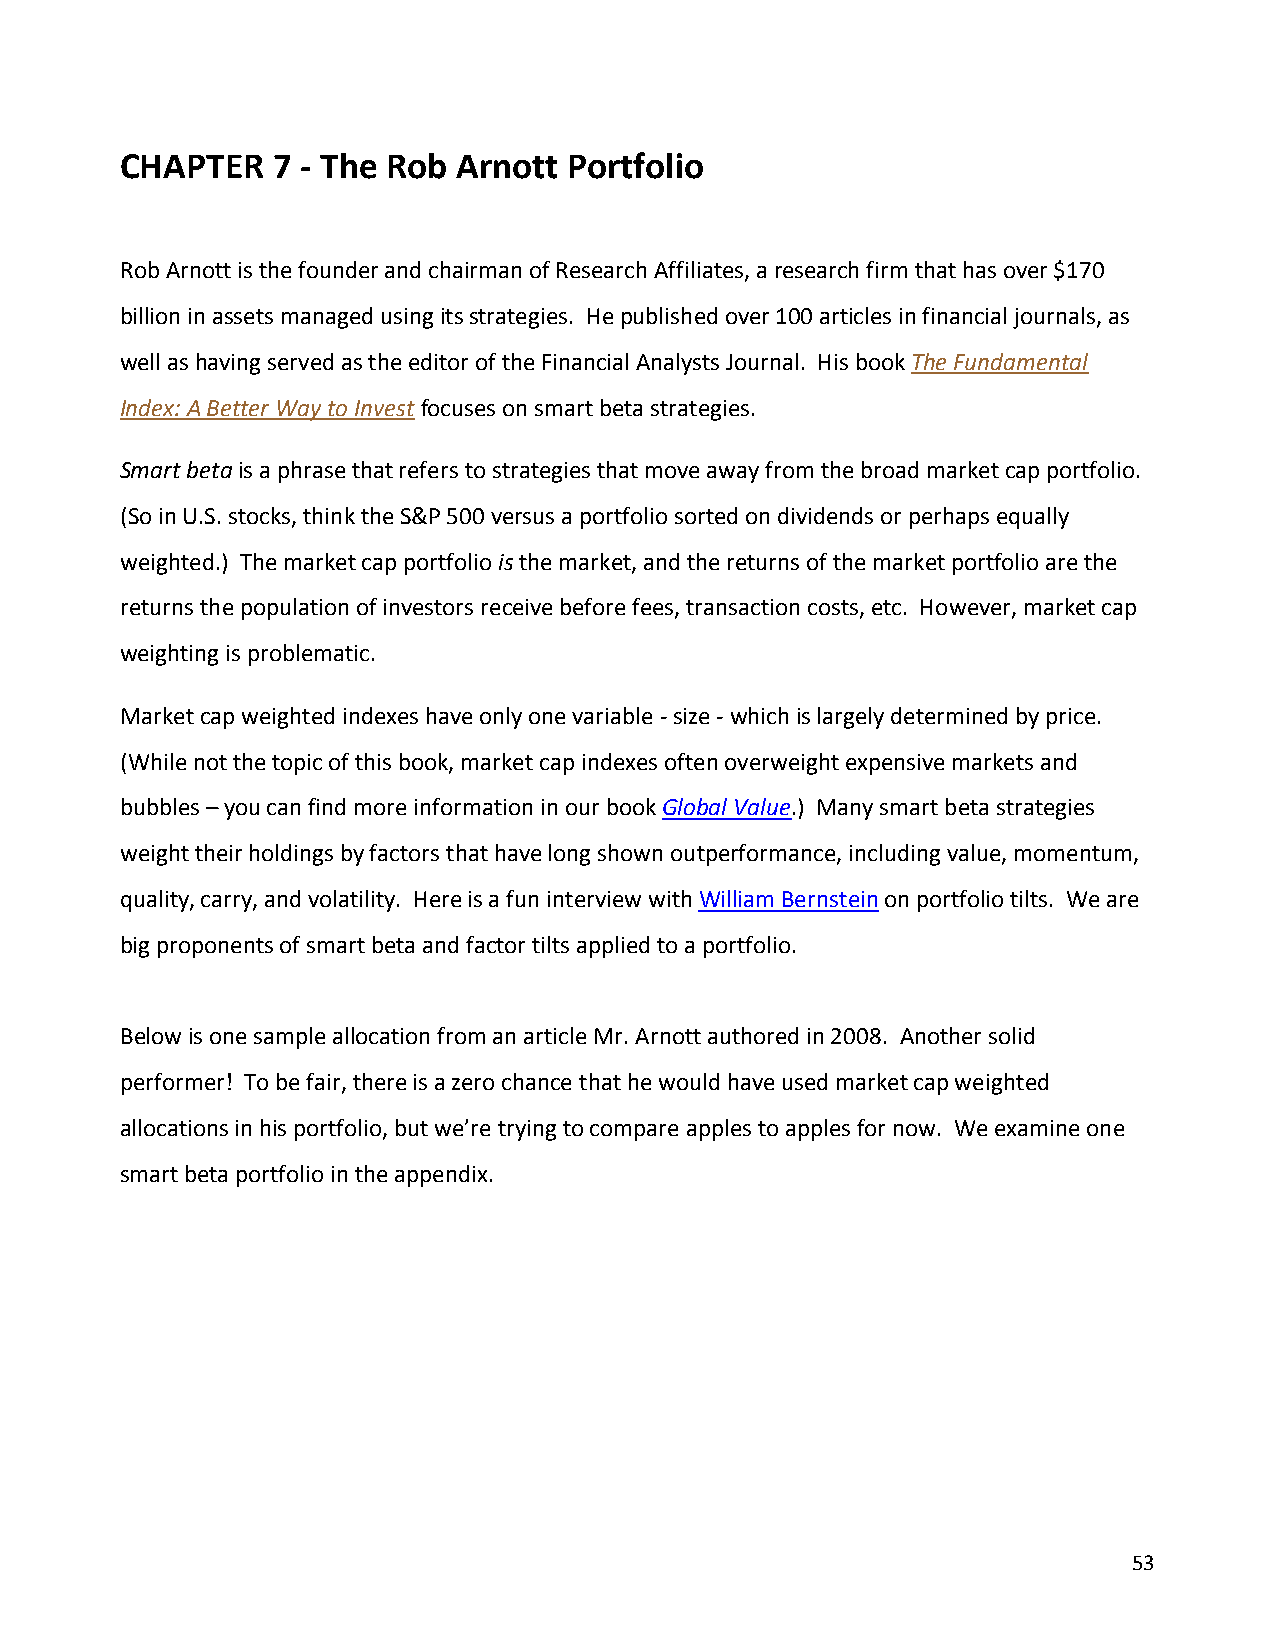
CHAPTER   7 - The Rob Arnott  Portfolio
 Rob Arnott is the founder and chairman of Research Affiliates, a research firm that has over $170
 billion in assets managed using its strategies. He published over 100 articles in financial journals, as
 well as having served as the editor of the Financial Analysts Journal. His book The Fundamental
 Index: A Better Way to Invest focuses on smart beta strategies.
 Smart beta is a phrase that refers to strategies that move away from the broad market cap portfolio.
 (So in U.S. stocks, think the S&P 500 versus a portfolio sorted on dividends or perhaps equally
 weighted.) The market cap portfolio is the market, and the returns of the market portfolio are the
 returns the population of investors receive before fees, transaction costs, etc. However, market cap
 weighting is problematic.
 Market cap weighted indexes have only one variable - size - which is largely determined by price.
 (While not the topic of this book, market cap indexes often overweight expensive markets and
 bubbles – you can find more information in our book Global Value.) Many smart beta strategies
 weight their holdings by factors that have long shown outperformance, including value, momentum,
 quality, carry, and volatility. Here is a fun interview with William Bernstein on portfolio tilts. We are
 big proponents of smart beta and factor tilts applied to a portfolio.
 Below is one sample allocation from an article Mr. Arnott authored in 2008. Another solid
 performer! To be fair, there is a zero chance that he would have used market cap weighted
 allocations in his portfolio, but we’re trying to compare apples to apples for now. We examine one
 smart beta portfolio in the appendix.
 53